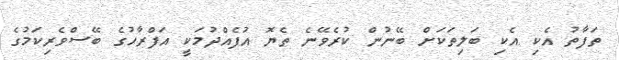
ތަފާތު އެކި އެކި ބަލިތަކަށް ބޭނުން ކުރެވޭނެ ތެޔޮ އުފެއްދުމަކީ އަފްރާހުގެ ބޭސްވެރިކަމުގެ